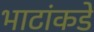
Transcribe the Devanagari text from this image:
भाटांकडे